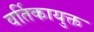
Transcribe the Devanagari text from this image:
वर्तिकायुक्त